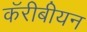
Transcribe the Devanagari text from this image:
कॅरीबीयन